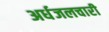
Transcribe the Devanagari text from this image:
अर्धजलचारी